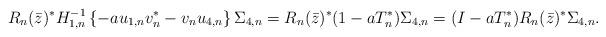
LaTeX: \begin{align*} R_n(\bar z)^* H_{1,n}^{-1} \left\{ -a u_{1,n} v_n^* - v_n u_{4,n} \right\} \Sigma_{4,n} &= R_n(\bar z)^* (1-aT_n^*) \Sigma_{4,n} = (I-aT_n^*) R_n(\bar z)^* \Sigma_{4,n}. \end{align*}